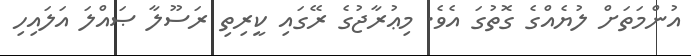
އުންމަތަށް ލުޔެއްގެ ގޮތުގަ އެވެ. މިޢުރާޖުގެ ރޭގައި ކީރިތި ރަސޫލާ ޞައްލަ އަލައިހި